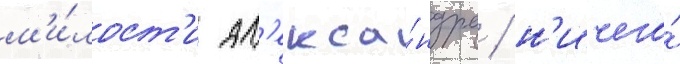
м'и́лост'и ал'екса́ндра / н'ичего́